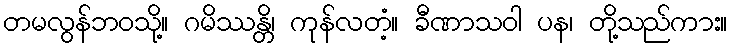
တမလွန်ဘဝသို့။ ဂမိဿန္တိ၊ ကုန်လတံ့။ ခီဏာသဝါ ပန၊ တို့သည်ကား။